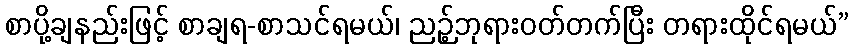
စာပို့ချနည်းဖြင့် စာချရ-စာသင်ရမယ်၊ ညဉ့်ဘုရားဝတ်တက်ပြီး တရားထိုင်ရမယ်”